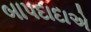
બાપદાદાએ